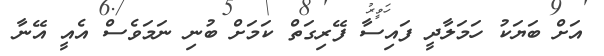
އަށް ބަޔަކު ހަމަލާދީ ފައިސާ ފޭރިގަތް ކަމަށް ބުނި ނަމަވެސް އެއީ އޭނާ